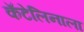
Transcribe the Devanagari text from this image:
कॅटेलिनाला